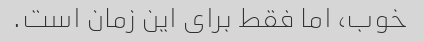
خوب، اما فقط برای این زمان است.